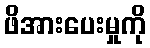
ဖိအားပေးမှုကို